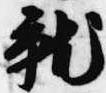
就